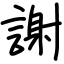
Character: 謝